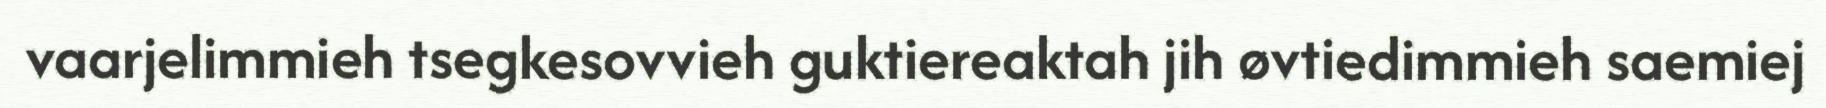
vaarjelimmieh tsegkesovvieh guktiereaktah jih øvtiedimmieh saemiej